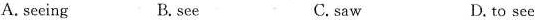
A. seeing B. sce C. saw D.to see